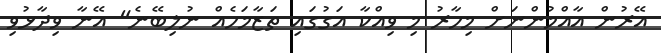
އޭރުން އާއްމުންނަށް މިހާރު މި ވިއްކާ އަގުގައި ތަޒާމަހެއް ނުލިބޭނެ" އޭނާ ވިދާޅުވި